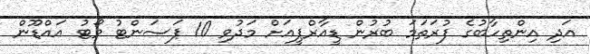
އަދި އިންތިހާބުގެ ފުރަތަމަ ބުރުން ޑީއާރްޕީއަށް މަދުވި 10 ޕަސަންޓު ވޯޓު އައްޑޫން